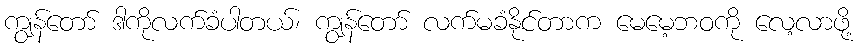
ကျွန်တော် ဒါကိုလက်ခံပါတယ်၊ ကျွန်တော် လက်မခံနိုင်တာက မေမေ့ဘဝကို လေ့လာဖို့